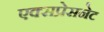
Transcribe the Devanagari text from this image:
एक्सप्रेसनेट